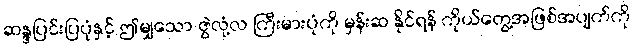
ဆန္ဒပြင်းပြပုံနှင့် ဤမျှသော ဇွဲလုံ့လ ကြီးမားပုံကို မှန်းဆ နိုင်ရန် ကိုယ်တွေ့အဖြစ်အပျက်ကို